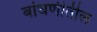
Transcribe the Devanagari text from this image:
बांधणीतील